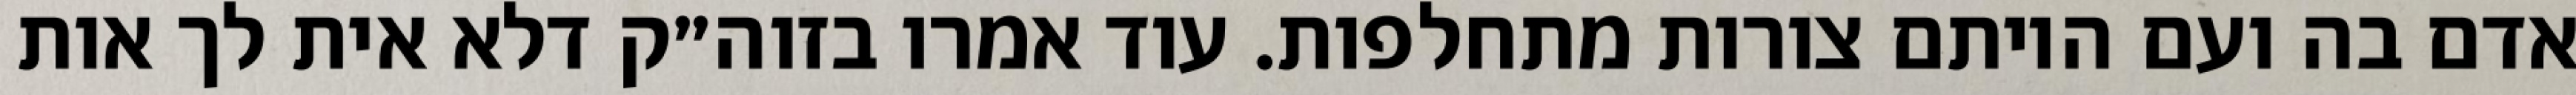
אדם בה ועם היותם צורות מתחלפות. עוד אמרו בזוה״ק דלא אית לך אות